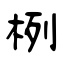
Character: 栵